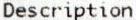
DESCRIPTION